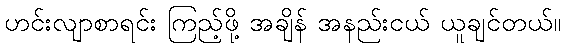
ဟင်းလျာစာရင်း ကြည့်ဖို့ အချိန် အနည်းငယ် ယူချင်တယ်။